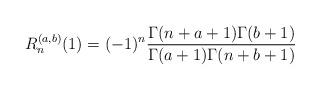
LaTeX: \begin{align*}{R}^{(a,b)}_n(1) = (-1)^n\frac{\Gamma (n+a+1)\Gamma (b+1)}{\Gamma (a+1)\Gamma (n+b+1)}\end{align*}